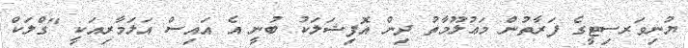
ޔުނިވަރސިޓީގެ ފަރާތުން މަޢުލޫމާތު ދިން އޮފިޝަލަކު ބުނީ އެ އައިސް އަލަމާރިއަކީ "ގްލަކް